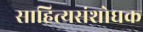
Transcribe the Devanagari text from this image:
साहित्यसंशोधक